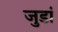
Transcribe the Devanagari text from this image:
जुडां